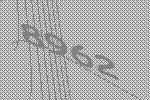
8962